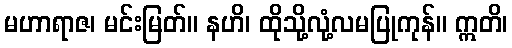
မဟာရာဇ၊ မင်းမြတ်။ နဟိ၊ ထိုသို့လုံ့လမပြုကုန်။ ဣတိ၊